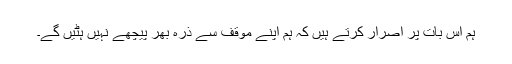
ہم اس بات پر اصرار کرتے ہیں کہ ہم اپنے موقف سے ذرہ بھر پیچھے نہیں ہٹیں گے۔